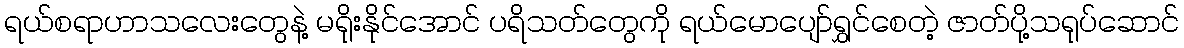
ရယ်စရာဟာသလေးတွေနဲ့ မရိုးနိုင်အောင် ပရိသတ်တွေကို ရယ်မောပျော်ရွှင်စေတဲ့ ဇာတ်ပို့သရုပ်ဆောင်